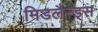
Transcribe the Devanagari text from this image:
मिडलैन्ड्स